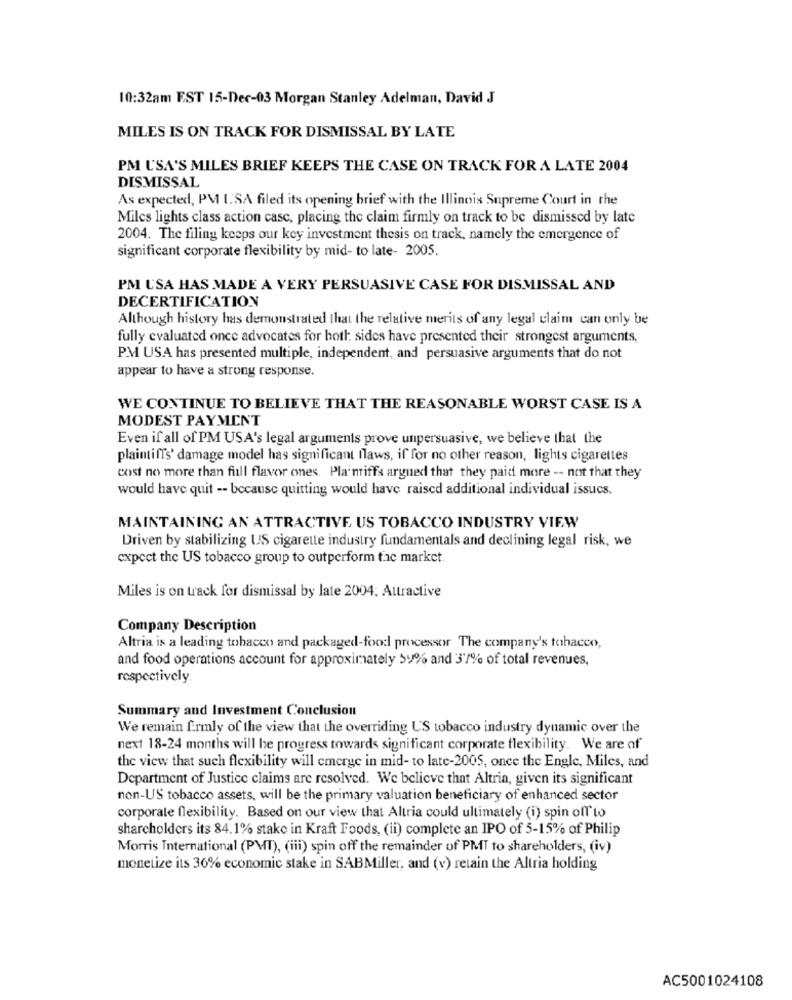
10:32am EST 15-Dec-03 Morgan Stanley Adelman, David J
MILES IS ON TRACK FOR DISMISSAL BY LATE
PM USA'S MILES BRIEF KEEPS THE CASE ON TRACK FOR A LATE 2004
DISMISSAL
As expected, PV 1.SA filed its opening brief with the Illinois Supreme Court in the
Miles lights class action casc, placing the claim firmly on track to be dismissed by late
2004. The filing keeps our key investment thesis on track, namely the emergence of
significant corporate flexibility by mid- to late- 2005.
PM USA HAS MADE A VERY PERSUASIVE CASE FOR DISMISSAL AND
DECERTIFICATION
Although history has demonstrated that the relative merits of any legal claim can only be
fully evaluated once advocates for both sides have presented their strongest arguments,
P.M USA has presented multiple, independent, and persuasive arguments that do not
appear to have a strong response.
WE CONTINUE TO BELIEVE THAT THE REASONABLE WORST CASE IS A
MODEST PAYMENT
Even if all of PM USA's legal arguments prove unpersuasive, we believe that the
plaintiffs' damage model has significant flaws, if for no other reason, lights cigarettes
cost no more than fill flavor ones. Pla'nriffs argued that they paid more -- not that they
would have quit -- because quitting would have raised additional individual issucs.
MAINTAINING AN ATTRACTIVE US TOBACCO INDUSTRY VIEW
Driven by stabilizing US cigarette industry fundamentals and declining legal risk, we
expect the US tobacco group to outperform fac market.
Miles is on track for dismissal by late 2004. Attractive
Company Description
Altria is a leading tobacco and packaged-food processor The company's tobacco,
and food operations account for approximately 59% and 37% of total revenues,
respectively.
Summary and Investment Conclusion
We remain firmly of the view that the overriding US tobacco industry dynamic over the
next 18-24 months will be progress towards significant corporate flexibility. We are of
the view that such flexibility will emerge in mid- to late-2005, once the Engle, Miles, and
Department of Justice claims are resolved. We believe that Altria, given its significant
non-US tobacco assets, will be the primary valuation beneficiary of enhanced sector
corporate flexibility. Based on our view that Altria could ultimately (i) spin off to
sharcholders its 84.1% stake in Kraft Foods, (ii) complete an IPO of 5-15% of Philip
Morris International (PMIT), (iii) spin off the remainder of PMT to shareholders, (iv)
monetize its 36% economic stake in SABMiller, and (v) retain the Altria holding
AC5001024108